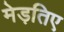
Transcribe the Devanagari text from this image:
मेड़तिए